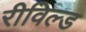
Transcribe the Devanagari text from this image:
रीविल्ड